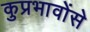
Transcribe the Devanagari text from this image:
कुप्रभावोंसे